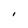
Character: I